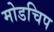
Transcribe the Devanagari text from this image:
मोडचिप